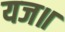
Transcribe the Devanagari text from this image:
यज॥